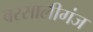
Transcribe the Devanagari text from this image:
वरसालीगंज